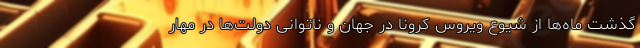
گذشت ماه‌ها از شیوع ویروس کرونا در جهان و ناتوانی دولت‌ها در مهار